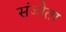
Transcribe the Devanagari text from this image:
संजोता